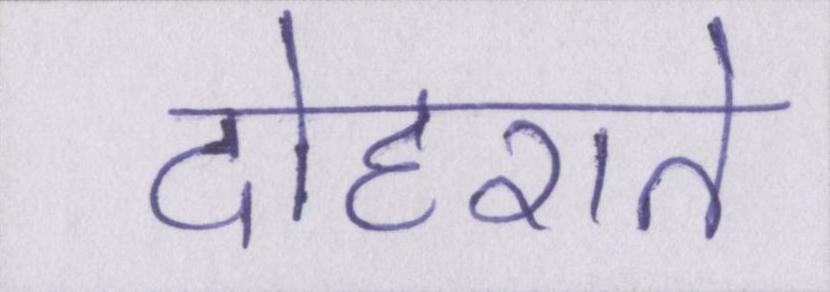
दोहराते